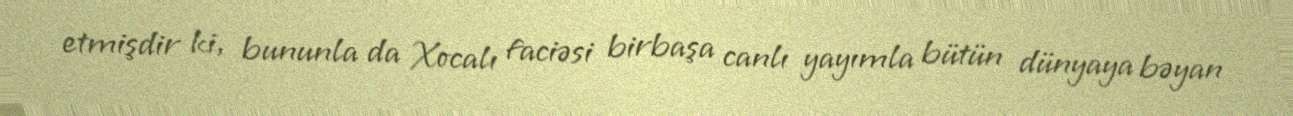
etmişdir ki, bununla da Xocalı faciəsi birbaşa canlı yayımla bütün dünyaya bəyan